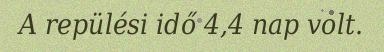
A repülési idő 4,4 nap volt.